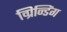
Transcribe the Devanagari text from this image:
ग्रिन्डिंग